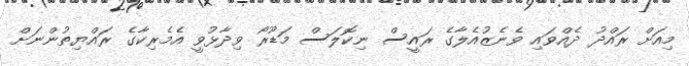
މިއަށް ރައްދު ދެއްވައި ވެނެޒުއެލާގެ ރައީސް ނިކޮލަސް މަޑޫރޯ ވިދާޅުވީ އެމެރިކާގެ ރައްޔިތުންނަށް